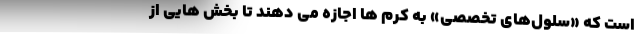
است که «سلول‌های تخصصی» به کرم‌ ها اجازه می‌ دهند تا بخش‌ هایی از